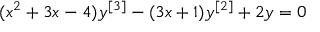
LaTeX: ( x ^ { 2 } + 3 x - 4 ) y ^ { [ 3 ] } - ( 3 x + 1 ) y ^ { [ 2 ] } + 2 y = 0